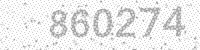
Solution: 860274